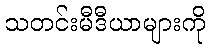
သတင်းမီဒီယာများကို